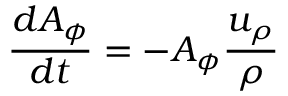
\frac { d A _ { \phi } } { d t } = - A _ { \phi } \frac { u _ { \rho } } { \rho }